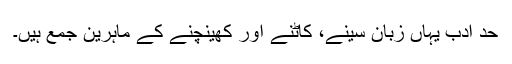
حدِ ادب یہاں زبان سینے، کاٹنے اور کھینچنے کے ماہرین جمع ہیں۔